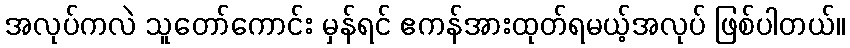
အလုပ်ကလဲ သူတော်ကောင်း မှန်ရင် ဧကန်အားထုတ်ရမယ့်အလုပ် ဖြစ်ပါတယ်။